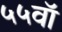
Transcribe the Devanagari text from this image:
५५वॉ